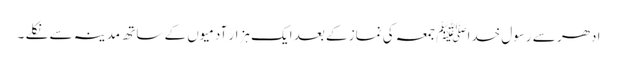
ادھر سے رسول خداﷺ جمعہ کی نماز کے بعد ایک ہزار آدمیوں کے ساتھ مدینہ سے نکلے ۔